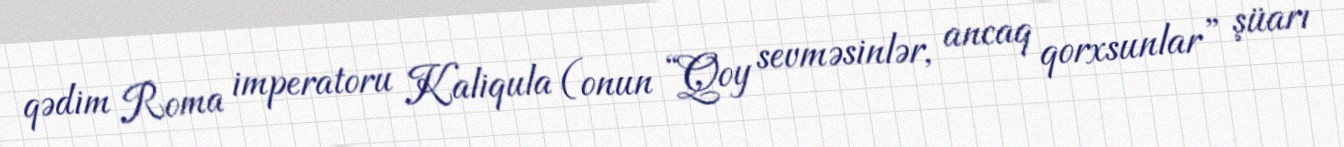
qədim Roma imperatoru Kaliqula (onun “Qoy sevməsinlər, ancaq qorxsunlar” şüarı